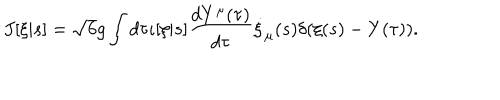
J [ \xi | s ] = \sqrt { 6 } g \int d \tau \iota [ \xi | s ] \frac { d Y ^ { \mu } ( \tau ) } { d \tau } \dot { \xi } _ { \mu } ( s ) \delta ( \xi ( s ) - Y ( \tau ) ) .